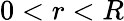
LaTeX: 0<r<R